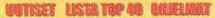
UUTISET LISTA TOP 40  OHJELMAT